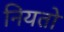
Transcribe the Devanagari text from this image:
नियतो